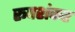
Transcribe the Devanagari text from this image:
रूपशंकर